Civil Veterinary Dept. North-West Frontier Province 1923-32 - 1923-1932
Year: 1923
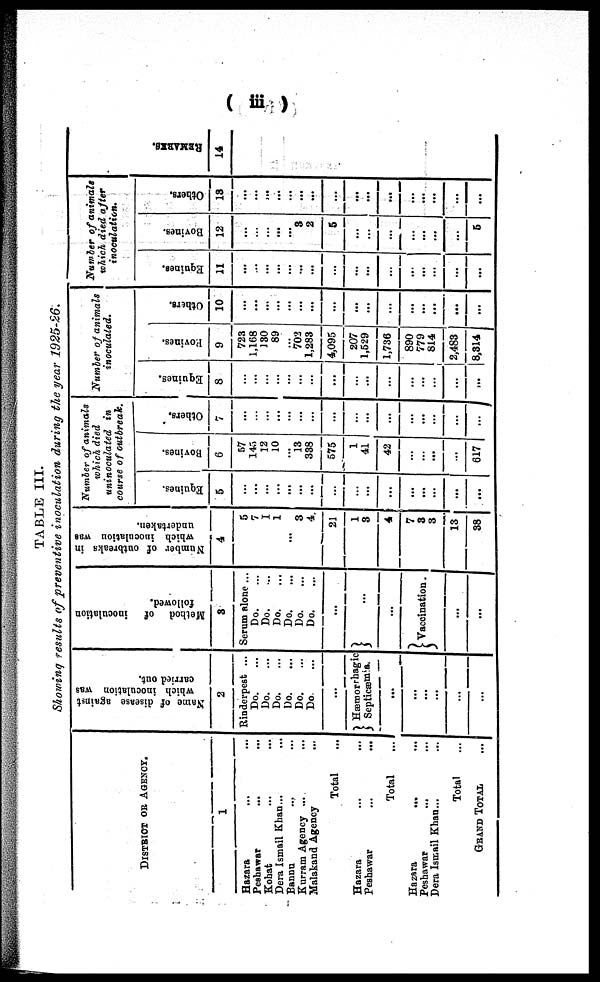
(iii)
TABLE III.
Showing results of preventive inoculation during the year 1925-26.
DISTRICT OF AGENCY.
1
Hazara ... ...
Peshawar ... ...
Kohat ... ...
Dera Ismail Khan ... ...
Bannu ... ...
Kurram Agency .... ... ...
Malakand Agency
Total ...
Hazara ... ...
Peshawar
...
...
Total ...
Hazara
...
Peshawar
...
Dera Ismail Khan...
Total
GRAND TOTAL ...
Name of disease against
which inoculation was
carried out.
2
Rinderpest ...
Do.
Do.
Do.
Do.
Do.
Do.
...
Hæmorrhagic
Septicæmia.
...
...
...
...
...
Method of
inoculation
followed.
3
Serum alone ...
Do.
Do.
Do.
Do.
Do.
Do.
...
...
...
...
Vaccination.
...
...
Number of outbreaks in
which inoculation was
undertaken.
4
5
7
I
1
...
3
4.
21
1
3
4
7
3
3
13
38
Number of animals
which died
uninoculated
in
course of outbreak.
Equines.
5
...
...
...
...
...
...
...
...
...
...
...
...
...
...
...
...
Bovines.
6
57
145
12
10
...
13
338
575
1
41
42
...
...
...
...
617
Others.
7
...
...
...
...
...
...
...
...
...
...
...
...
...
...
...
Number of animals
inoculated.
Equines.
8
...
...
...
...
...
...
...
...
...
...
...
...
...
...
Povines.
9
723
1,168
130
89
702
1,283
4,095
207
1,529
1,736
890
779
814
2,483
8,314
Others.
10
...
...
...
...
...
...
...
...
...
...
...
...
...
...
...
...
Number of animals
which died after
inoculation.
Equines.
11
...
...
...
...
...
...
...
...
...
...
...
...
...
...
...
...
Bovines.
12
...
...
...
...
3
2
5
...
...
...
...
...
...
...
5
Others.
13
...
...
...
...
...
...
...
...
...
...
...
...
...
...
...
REMARKS .
14